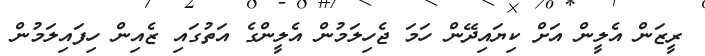
ރީޒަން އެލީން އަށް ކިޔައިދޭން ހަމަ ޖެހިލަމުން އެލީންގެ އަތުގައި ޒެއިން ހިފައިލަމުން